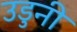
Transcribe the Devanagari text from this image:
उडुनी